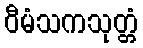
ဝီမံသကသုတ္တံ